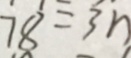
7 8 = 3 n